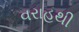
વરાહથી